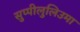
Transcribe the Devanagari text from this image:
सुप्पीलुलिउमा